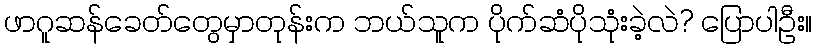
ဖာဂူဆန်ခေတ်တွေမှာတုန်းက ဘယ်သူက ပိုက်ဆံပိုသုံးခဲ့လဲ? ပြောပါဦး။